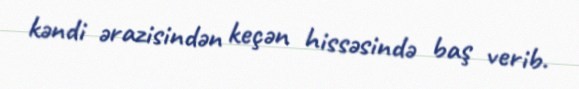
kəndi ərazisindən keçən hissəsində baş verib.